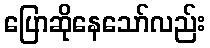
ပြောဆိုနေသော်လည်း